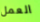
العمل